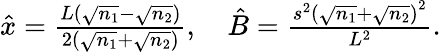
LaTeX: \begin{array}{r}{\hat{x}=\frac{L\left(\sqrt{n_{1}}-\sqrt{n_{2}}\right)}{2\left(\sqrt{n_{1}}+\sqrt{n_{2}}\right)},\quad\hat{B}=\frac{s^{2}\left(\sqrt{n_{1}}+\sqrt{n_{2}}\right)^{2}}{L^{2}}.}\end{array}